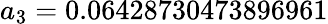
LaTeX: a_{3}=0.06428730473896961